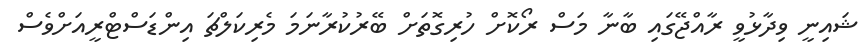
ޝައިނީ ވިދާޅުވީ ރާއްޖޭގައި ބާނާ މަސް ރޯކޮށް ހުރިގޮތަށް ބޭރުކުރާނަމަ މެރިކަލްޗަ އިންޑަސްޓްރީއަށްވެސް